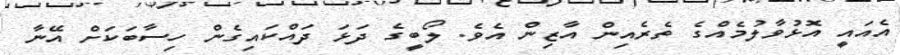
އެއައީ އޮޅުވާލުމެއްގެ ތެރެއިން އާޒިން އެވެ. ލޯބީގެ ދަޅަ ދައްކައިގެން ހިސާބަކަށް އޭނާ